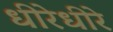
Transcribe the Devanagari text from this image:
धीरेधीरे